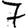
Digit: 7